Problem: 25 + 9 = ?
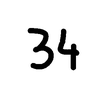
Handwritten answer: 34